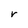
Character: V